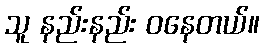
သူ နည်းနည်း ဝနေတယ်။